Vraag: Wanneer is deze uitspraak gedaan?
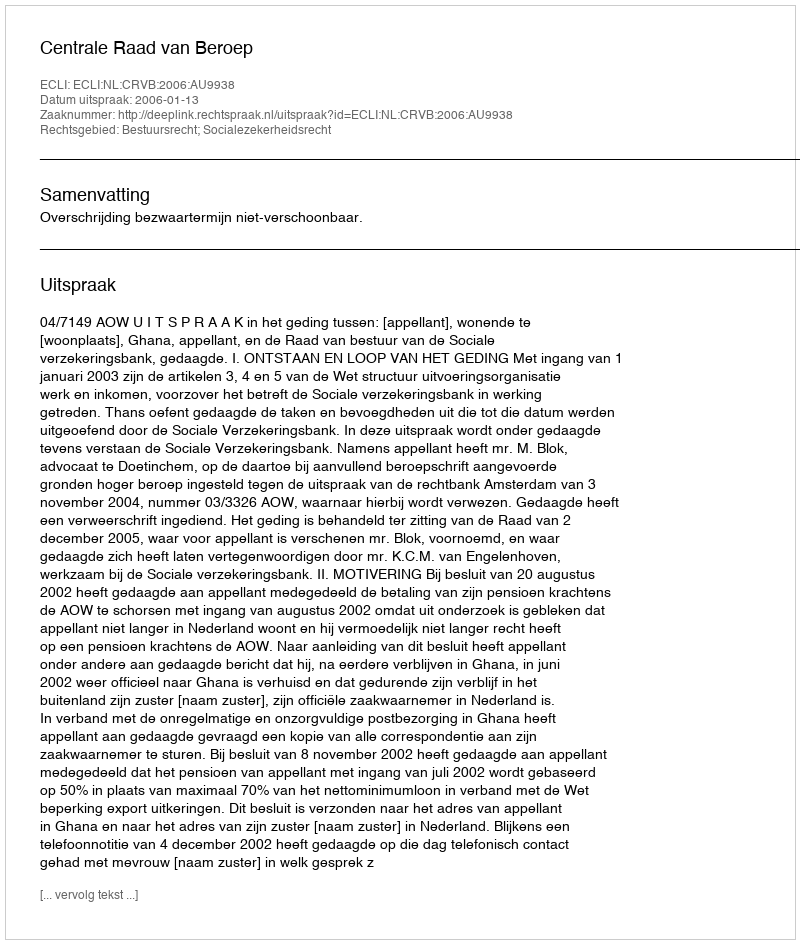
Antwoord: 2006-01-13